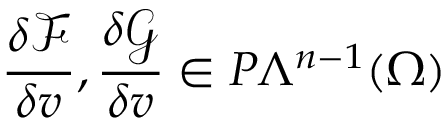
\frac { \delta \mathcal { F } } { \delta v } , \frac { \delta \mathcal { G } } { \delta v } \in P \Lambda ^ { n - 1 } ( \Omega )